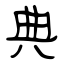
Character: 典